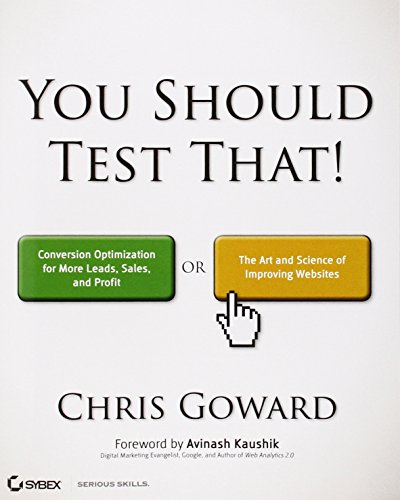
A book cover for You Should Test That: Conversion Optimization for More Leads, Sales and Profit or The Art and Science of Optimized Marketing; Chris Goward; Computers & Technology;